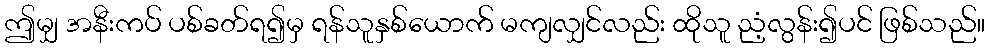
ဤမျှ အနီးကပ် ပစ်ခတ်ရ၍မှ ရန်သူနှစ်ယောက် မကျလျှင်လည်း ထိုသူ ညံ့လွန်း၍ပင် ဖြစ်သည်။